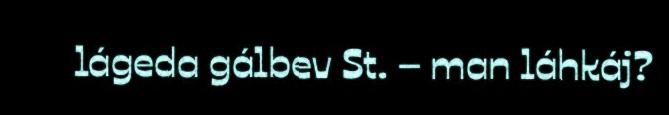
lágeda gálbev St. – man láhkáj?